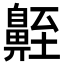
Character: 𪖣